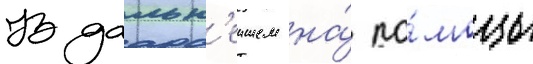
В дальн'еишем на́ по́мощь